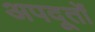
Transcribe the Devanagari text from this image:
अपदूतों